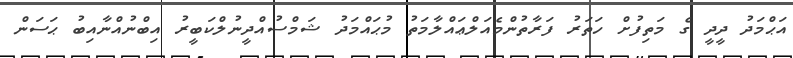
އަޙްމަދު ދީދީ ގެ މަތިފުށް ހަތަރު ފަރާތުންމެއަލްޢައްލާމަތު މުޙައްމަދު ޝަމްސުއްދީނުލްކަބީރު އިބްނުއްނާއިބު ޙަސަން